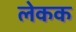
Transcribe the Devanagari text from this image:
लेकक